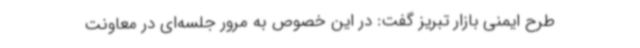
طرح ایمنی بازار تبریز گفت: در این خصوص به مرور جلسه‌ای در معاونت